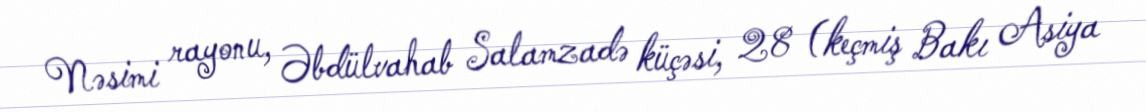
Nəsimi rayonu, Əbdülvahab Salamzadə küçəsi, 28 (keçmiş Bakı Asiya